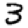
Digit: 3